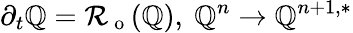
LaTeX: \partial_{t}\mathbb{Q}=\mathcal{{R}}_{\mathrm{{~o~}}}(\mathbb{Q}),\ \mathbb{Q}^{n}\to\mathbb{Q}^{n+1,*}